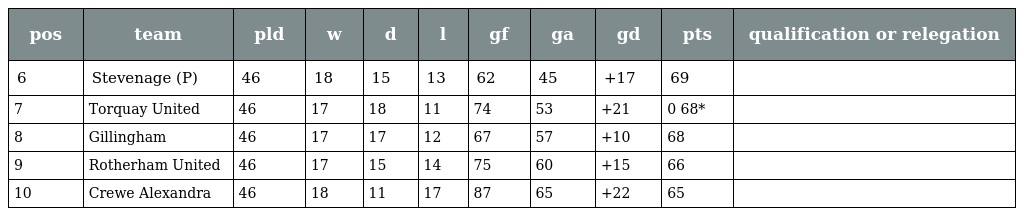
| pos | team | pld | w | d | l | gf | ga | gd | pts | qualification or relegation |
 | --- | --- | --- | --- | --- | --- | --- | --- | --- | --- | --- |
 | 6 | Stevenage (P) | 46 | 18 | 15 | 13 | 62 | 45 | +17 | 69 |  |
 | 7 | Torquay United | 46 | 17 | 18 | 11 | 74 | 53 | +21 | 0 68* |  |
 | 8 | Gillingham | 46 | 17 | 17 | 12 | 67 | 57 | +10 | 68 |  |
 | 9 | Rotherham United | 46 | 17 | 15 | 14 | 75 | 60 | +15 | 66 |  |
 | 10 | Crewe Alexandra | 46 | 18 | 11 | 17 | 87 | 65 | +22 | 65 |  |